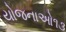
યોજનાઓ૧૩